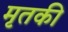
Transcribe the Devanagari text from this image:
मृतकी